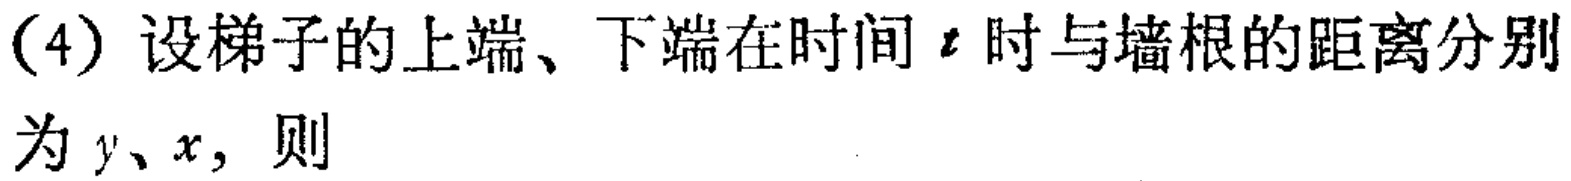
(4) 设梯子的上端、下端在时间 \(t\) 时与墙根的距离分别为 \(y、x\)，则